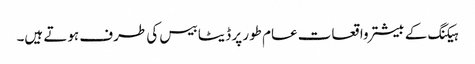
ہیکنگ کے بیشتر واقعات عام طور پر ڈیٹا بیس کی طرف ہوتے ہیں۔